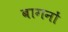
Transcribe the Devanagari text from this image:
बागनों